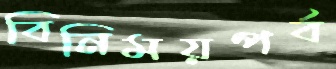
বিনিময়পর্ব